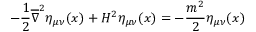
- \frac { 1 } { 2 } \overline { { { \nabla } } } ^ { 2 } \eta _ { \mu \nu } ( x ) + H ^ { 2 } \eta _ { \mu \nu } ( x ) = - \frac { m ^ { 2 } } { 2 } \eta _ { \mu \nu } ( x )